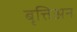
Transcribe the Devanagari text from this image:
बृत्तिअन